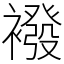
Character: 襏